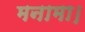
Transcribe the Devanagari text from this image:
मनामा।